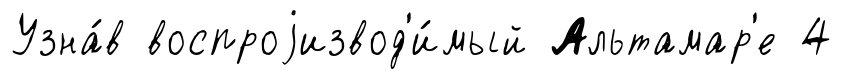
Узна́в воспроjизвод'и́мый Альтамар'е 4